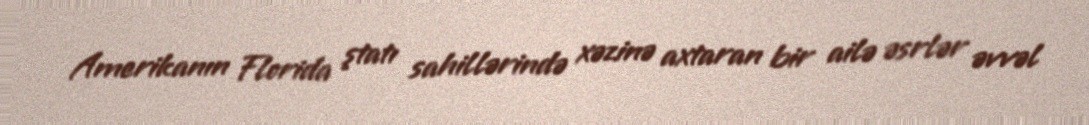
Amerikanın Florida ştatı sahillərində xəzinə axtaran bir ailə əsrlər əvvəl